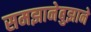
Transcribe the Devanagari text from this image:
समझानेबुझाने